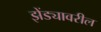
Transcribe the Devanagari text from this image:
झेंड्यावरील